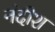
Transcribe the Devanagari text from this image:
नंदीश